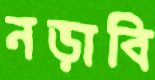
নড়াবি